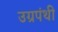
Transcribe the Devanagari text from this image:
उग्रपंथी